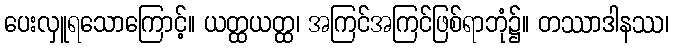
ပေးလှူရသောကြောင့်။ ယတ္ထယတ္ထ၊ အကြင်အကြင်ဖြစ်ရာဘုံ၌။ တဿာဒါနဿ၊